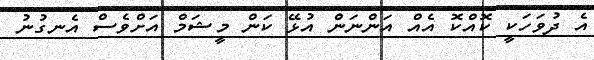
އެ ދުވަހަކީ ކޮއްކޮ އެއް އަންނަން އުޅޭ ކަން މީޝަމް އަށްވެސް އެނގުނު